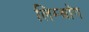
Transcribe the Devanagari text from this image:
लिम्बॉग